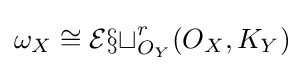
\omega _{X}\cong {\mathcal {Ext}}_{O_{Y}}^{r}(O_{X},K_{Y})